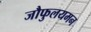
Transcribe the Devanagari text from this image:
जौफुलयमन